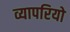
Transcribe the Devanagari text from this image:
व्यापरियो